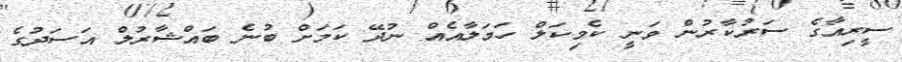
ސީރިއާގެ ސަރުކާރުން ވަނީ ކެމިކަލް ހަމަލާއެއް ނުދޭ ކަމަށް ބުނެ ބައްޝާރުލް އަސަދުގެ